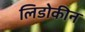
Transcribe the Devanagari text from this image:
लिडोकीन